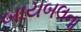
બાયબલના